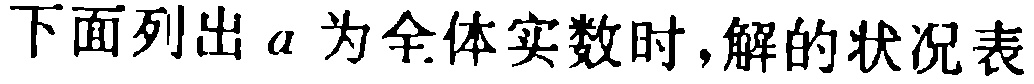
下面列出 \(a\) 为全体实数时，解的状况表